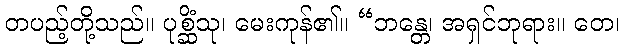
တပည့်တို့သည်။ ပုစ္ဆိံသု၊ မေးကုန်၏။ “ဘန္တေ၊ အရှင်ဘုရား။ တေ၊